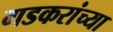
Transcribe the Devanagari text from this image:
गडकरांच्या